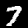
Label: 7